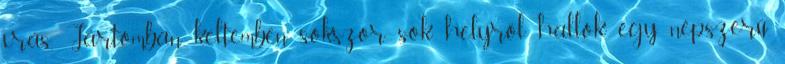
írás. Jártomban keltemben sokszor sok helyről hallok egy népszerű